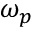
\omega _ { p }